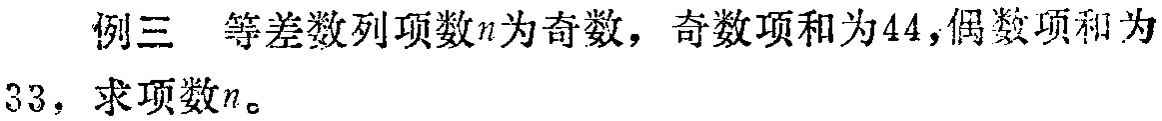
例三 等差数列项数\(n\)为奇数，奇数项和为\(44\)，偶数项和为\(33\)，求项数\(n\)。